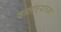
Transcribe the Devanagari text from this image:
वार्ताहरांच्या